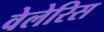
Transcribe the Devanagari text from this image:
वेलेरिस